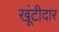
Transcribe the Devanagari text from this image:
खूंटीदार